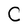
Character: C